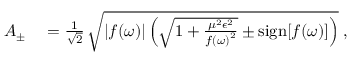
\begin{array} { r l } { A _ { \pm } } & { { } = \frac { 1 } { \sqrt { 2 } } \, \sqrt { \left| f ( \omega ) \right| \left( \sqrt { 1 + \frac { \mu ^ { 2 } \epsilon ^ { 2 } } { { f ( \omega ) } ^ { 2 } } } \pm \mathrm { s i g n } [ f ( \omega ) ] \right) } \; , } \end{array}